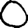
Digit: 0